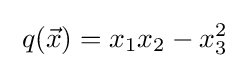
\;q({\vec {x}})=x_{1}x_{2}-x_{3}^{2}\;